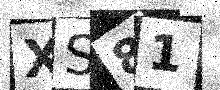
Text: XS81